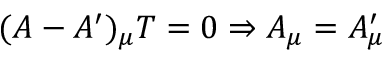
( A - A ^ { \prime } ) _ { \mu } T = 0 \Rightarrow A _ { \mu } = A _ { \mu } ^ { \prime }